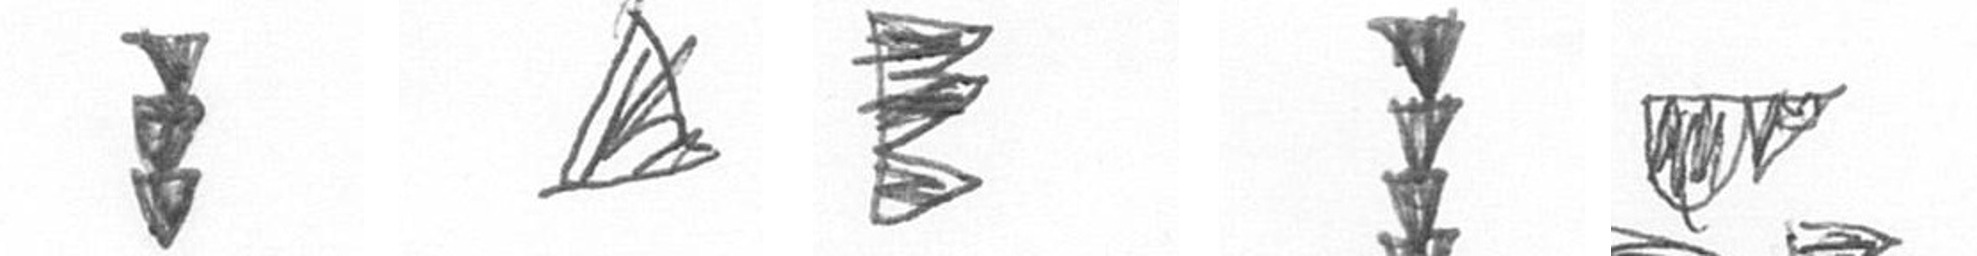
E O H E B